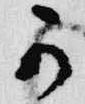
可